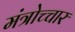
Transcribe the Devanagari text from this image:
मंत्रोच्‍चार